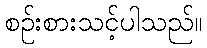
စဉ်းစားသင့်ပါသည်။